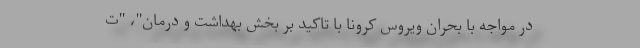
در مواجه با بحران ویروس کرونا با تاکید بر بخش بهداشت و درمان"، "ت